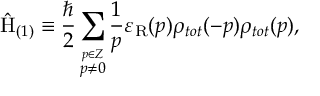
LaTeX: \hat { \mathrm { H } } _ { ( 1 ) } \equiv \frac { \hbar } { 2 } \sum _ { \stackrel { p \in \cal Z } { p \neq 0 } } \frac { 1 } { p } \varepsilon _ { \mathrm { R } } ( p ) \rho _ { t o t } ( - p ) \rho _ { t o t } ( p ) ,